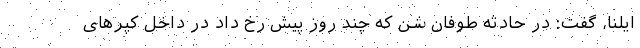
ایلنا، گفت: در حادثه طوفان شن که چند روز پیش رخ داد در داخل کپرهای